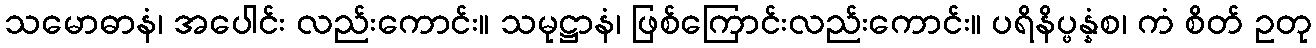
သမောဓာနံ၊ အပေါင်း လည်းကောင်း။ သမုဋ္ဌာနံ၊ ဖြစ်ကြောင်းလည်းကောင်း။ ပရိနိပ္ဖန္နံစ၊ ကံ စိတ် ဥတု